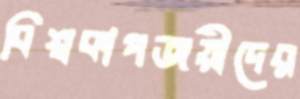
বিশ্বকাপজয়ীদের